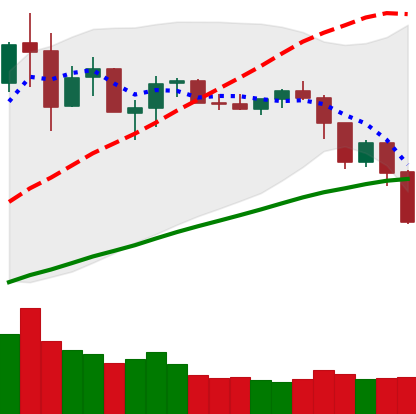
Ticker: NEO-USD
Chart end date: 2019-07-14
Forward return: 7.66%
Label: up_7plus